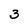
Character: 3